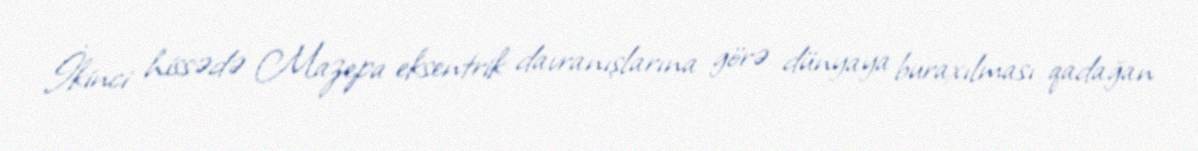
İkinci hissədə Mazepa eksentrik davranışlarına görə dünyaya buraxılması qadağan